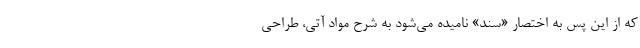
که از این پس به اختصار «سند» نامیده می‌شود به شرح مواد آتی، طراحی